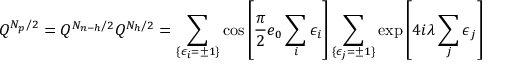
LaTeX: Q ^ { N _ { p } / 2 } = Q ^ { N _ { n - h } / 2 } Q ^ { N _ { h } / 2 } = \sum _ { \{ \epsilon _ { i } = \pm 1 \} } \cos \left[ \frac { \pi } { 2 } e _ { 0 } \sum _ { i } \epsilon _ { i } \right] \sum _ { \{ \epsilon _ { j } = \pm 1 \} } \exp \left[ 4 i \lambda \sum _ { j } \epsilon _ { j } \right]